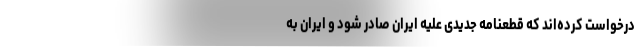
درخواست کرده‌اند که قطعنامه جدیدی علیه ایران صادر شود و ایران به